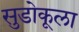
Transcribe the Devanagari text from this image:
सुडोकूला